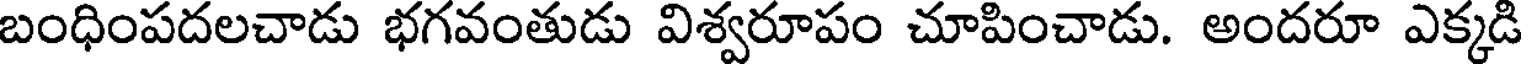
బంధింపదలచాడు భగవంతుడు విశ్వరూపం చూపించాడు. అందరూ ఎక్కడి